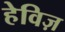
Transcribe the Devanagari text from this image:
हेविज़